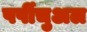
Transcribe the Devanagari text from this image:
पर्पीचुअल